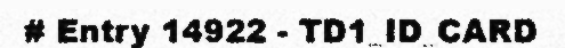
# Entry 14922 - TD1_ID_CARD